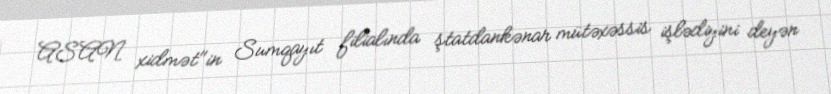
ASAN xidmət"in Sumqayıt filialında ştatdankənar mütəxəssis işlədiyini deyən